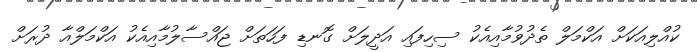
ކުއްލިއަކަށް އަކްމަލް ތެދުވުމާއިއެކު ސިހިފައި އަދީލަށް ގޮނޑި ފަހަތަށް ޖައްސާލުމާއިއެކު އަކްމަލްއާ ދުރަށް